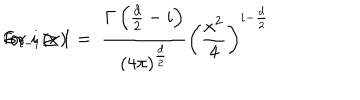
G _ { i - 1 } ( x ) \ = \ \frac { \Gamma \left( \frac { d } { 2 } - i \right) } { ( 4 \pi ) ^ { \frac { d } { 2 } } } \left( \frac { x ^ { 2 } } { 4 } \right) ^ { i - \frac { d } { 2 } } \hspace { 2 . 7 c m } \mathrm { f o r ~ } i \geq 1